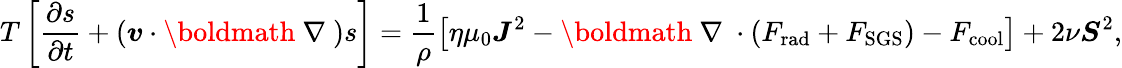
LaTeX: T\left[\frac{\partial s}{\partial t}+(\boldsymbol{v}\cdot\mathrm{\boldmath~\nabla~})s\right]=\frac{1}{\rho}\left[\eta\mu_{0}\boldsymbol{J}^{2}-\mathrm{\boldmath~\nabla~}\cdot(F_{\mathrm{rad}}+F_{\mathrm{SGS}})-F_{\mathrm{cool}}\right]+2\nu\boldsymbol{S}^{2},